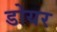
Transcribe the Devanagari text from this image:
डोयर